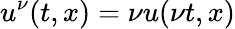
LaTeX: u^{\nu}(t,x)=\nu u(\nu t,x)